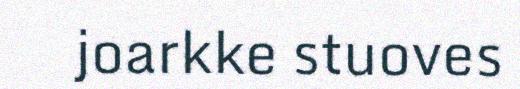
joarkke stuoves